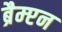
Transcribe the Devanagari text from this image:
ब्रैम्प्टन